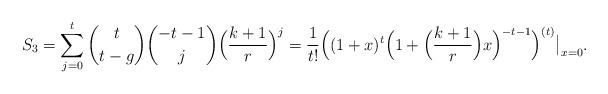
LaTeX: \begin{align*}S_3=\sum_{j=0}^t \binom{t}{t-g}\binom{-t-1}{j}\Big(\frac{k+1}{r}\Big)^j=\frac{1}{t!}\Big((1+x)^t\Big(1+\Big(\frac{k+1}{r}\Big) x\Big)^{-t-1}\Big)^{(t)}\big|_{x=0}.\end{align*}